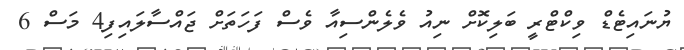
ޔުނައިޓެޑް ވިކްޓްރީ ބަލިކޮށް ނިއު ވެލެންސިއާ ވެސް ފަހަތަށް ޖައްސާލައިފި4 މަސް 6